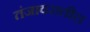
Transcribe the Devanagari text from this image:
तंजावरातील